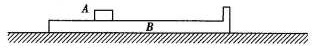
(2)最终滑块A与长木板B右侧壁的距离。